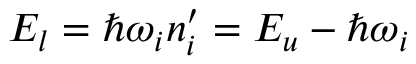
E _ { l } = \hbar \omega _ { i } n _ { i } ^ { \prime } = E _ { u } - \hbar \omega _ { i }